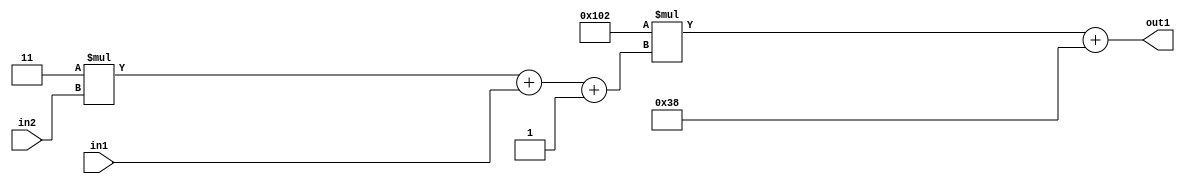
`timescale 1ps / 1ps
/*****************************************************************************
    Verilog RTL Description
    
    
    Created by: Stratus DpOpt 2019.1.01 
*******************************************************************************/

module DC_Filter_Add2i56Mul2i258Add3i1u1Mul2i3u2_1 (
	in2,
	in1,
	out1
	); /* architecture "behavioural" */ 
input [1:0] in2;
input  in1;
output [11:0] out1;
wire [11:0] asc001;
wire [3:0] asc002;

wire [3:0] asc002_tmp_0;
wire [3:0] asc002_tmp_1;
assign asc002_tmp_1 = 
	+(4'B0011 * in2);
assign asc002_tmp_0 = asc002_tmp_1
	+(in1);
assign asc002 = asc002_tmp_0
	+(4'B0001);

wire [11:0] asc001_tmp_2;
assign asc001_tmp_2 = 
	+(12'B000100000010 * asc002);
assign asc001 = asc001_tmp_2
	+(12'B000000111000);

assign out1 = asc001;
endmodule

/* CADENCE  vrP1Sw8= : u9/ySgnWtBlWxVPRXgAZ4Og= ** DO NOT EDIT THIS LINE ******/